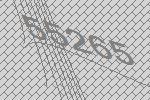
55265